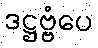
ဒဋ္ဌဗ္ဗံပေ